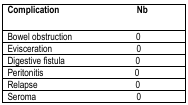
<table><thead><tr><td><b>Complication</b></td><td><b>Nb</b></td></tr></thead><tbody><tr><td><b>Bowel obstruction</b></td><td><b>0</b></td></tr><tr><td><b>Evisceration</b></td><td><b>0</b></td></tr><tr><td><b>Digestive fistula</b></td><td><b>0</b></td></tr><tr><td><b>Peritonitis</b></td><td><b>0</b></td></tr><tr><td><b>Relapse</b></td><td><b>0</b></td></tr><tr><td><b>Seroma</b></td><td><b>0</b></td></tr></tbody></table>